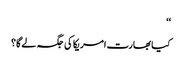
‘‘
کیا بھارت امریکا کی جگہ لے گا؟